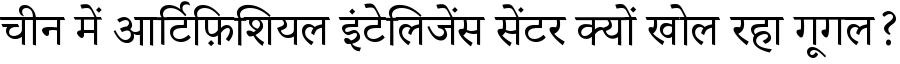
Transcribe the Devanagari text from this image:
चीन में आर्टिफ़िशियल इंटेलिजेंस सेंटर क्यों खोल रहा गूगल?